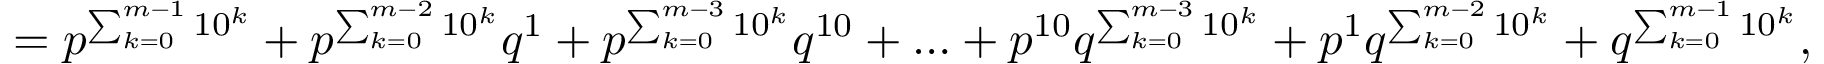
= p ^ { \sum _ { k = 0 } ^ { m - 1 } 1 0 ^ { k } } + p ^ { \sum _ { k = 0 } ^ { m - 2 } 1 0 ^ { k } } q ^ { 1 } + p ^ { \sum _ { k = 0 } ^ { m - 3 } 1 0 ^ { k } } q ^ { 1 0 } + \ldots + p ^ { 1 0 } q ^ { \sum _ { k = 0 } ^ { m - 3 } 1 0 ^ { k } } + p ^ { 1 } q ^ { \sum _ { k = 0 } ^ { m - 2 } 1 0 ^ { k } } + q ^ { \sum _ { k = 0 } ^ { m - 1 } 1 0 ^ { k } } ,